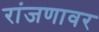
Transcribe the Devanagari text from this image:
रांजणावर